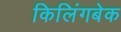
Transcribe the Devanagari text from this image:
किलिंगबेक